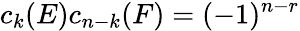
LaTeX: c_{k}(E)c_{n-k}(F)=(-1)^{n-r}